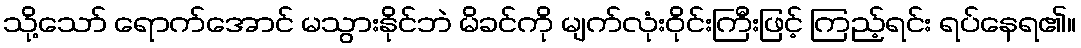
သို့သော် ရောက်အောင် မသွားနိုင်ဘဲ မိခင်ကို မျက်လုံးဝိုင်းကြီးဖြင့် ကြည့်ရင်း ရပ်နေရ၏။